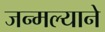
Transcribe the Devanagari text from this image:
जन्मल्याने